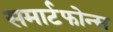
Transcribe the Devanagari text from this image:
समार्टफोन्स